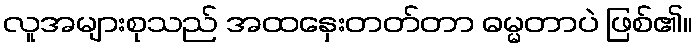
လူအများစုသည် အထနှေးတတ်တာ ဓမ္မတာပဲ ဖြစ်၏။